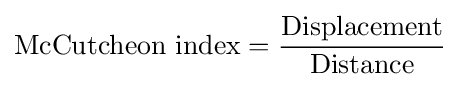
{\text{McCutcheon index}}={{\text{Displacement}} \over {\text{Distance}}}